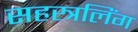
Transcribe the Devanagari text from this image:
सहस्त्रलिंग